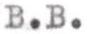
B.B.